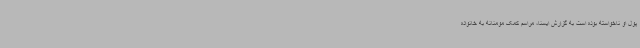
پول او ناخواسته بوده است به گزارش ایسنا، مراسم کمک مومنانه به خانواده